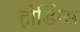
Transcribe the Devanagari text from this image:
होर्डिग्स